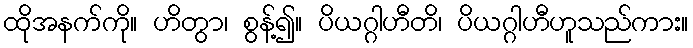
ထိုအနက်ကို။ ဟိတွာ၊ စွန့်၍။ ပိယဂ္ဂါဟီတိ၊ ပိယဂ္ဂါဟီဟူသည်ကား။